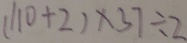
( 1 1 0 + 2 ) \times 3 7 \div 2